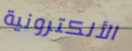
الألكترونية